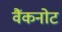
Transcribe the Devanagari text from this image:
वैंकनोट